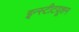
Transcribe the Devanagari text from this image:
इन्स्टीटयूशन